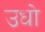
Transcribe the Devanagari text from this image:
उधो